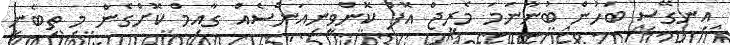
އިނގޭސި ބަހުން ބުނާނަމަ މެރީޖް އޮފް ކޮންވީނިއަންސެއް ގާއިމް ކޮށްގެން މި ތިބެނީ